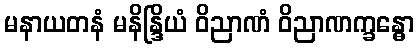
မနာယတနံ မနိန္ဒြိယံ ဝိညာဏံ ဝိညာဏက္ခန္ဓော